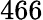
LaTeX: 466